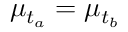
\mu _ { t _ { a } } = \mu _ { t _ { b } }